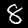
Digit: 8